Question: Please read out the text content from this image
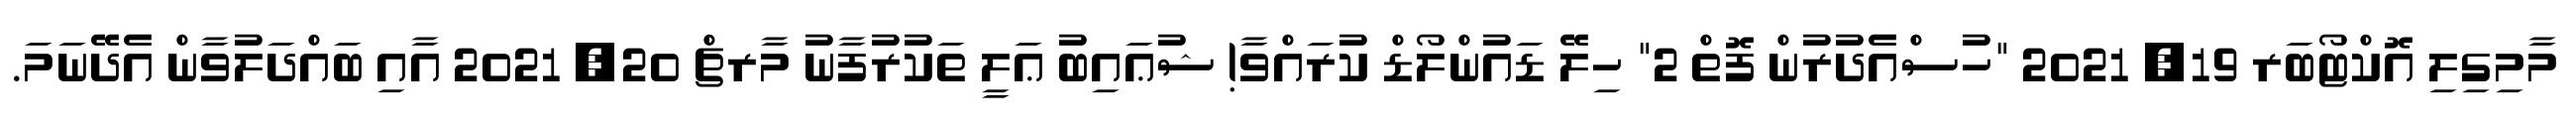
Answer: މާމިގިލި އޮކްޓޯބަރ 19, 2021 "ހުސްއެދުރުން ފޮތް 2" ހިލޭ ޑައުންލޯޑް ކުރައްވާ! ޝުޢައިބު ޢަލީ ތަކުރުފާނު މާރޗް 20, 2021 އާއި ބައްދަލުވާން އެދޭނަމަ.